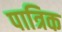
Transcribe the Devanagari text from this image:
पात्रिक